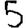
Digit: 5